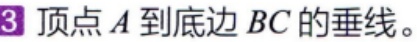
顶点 \(A\) 到底边 \(BC\) 的垂线。